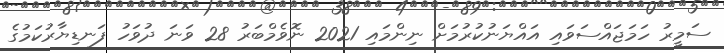
ސަމީރު ހަމަޖައްސަވައި އައްޔަނުކުރުމަށް ނިންމައި 2021 ނޮވެމްބަރު 28 ވަނަ ދުވަހު ފަނޑިޔާރުކަމުގެ